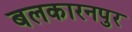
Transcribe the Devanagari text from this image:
बलकारनपुर